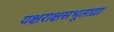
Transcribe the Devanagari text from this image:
यक्षराक्षसभूताद्या